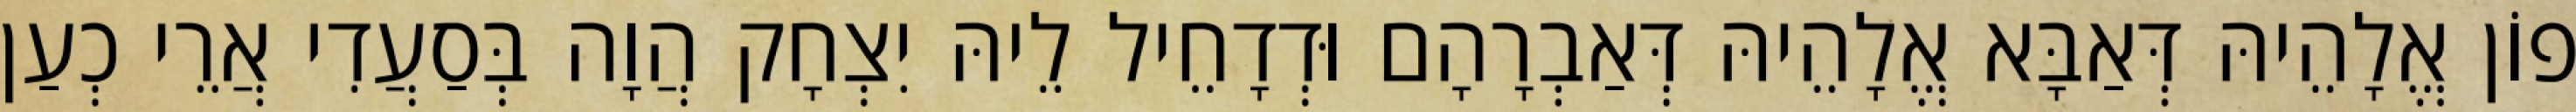
פוֹן אֱלָהֵיהּ דְּאַבָּא אֱלָהֵיהּ דְּאַבְרָהָם וּדְדָחֵיל לֵיהּ יִצְחָק הֲוָה בְּסַעֲדִי אֲרֵי כְעַן